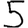
Digit: 5